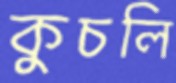
কুচলি